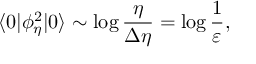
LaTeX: \langle 0 | \phi _ { \eta } ^ { 2 } | 0 \rangle \sim \log \frac { \eta } { \Delta \eta } = \log \frac { 1 } { \varepsilon } ,